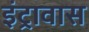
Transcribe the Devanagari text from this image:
इंट्रावास